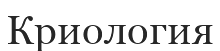
Криология